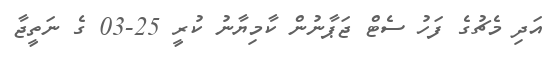
އަދި މެޗުގެ ފަހު ސެޓް ޖަޕާނުން ކާމިޔާނު ކުރީ 25-03 ގެ ނަތީޖާ